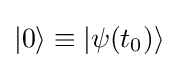
|0\rangle \equiv |\psi (t_{0})\rangle